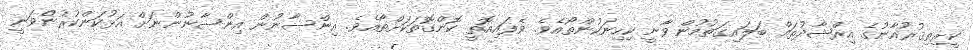
ކީރިތިޤުރުއާނުގެ އިރްޝާދުތައް ބަލައިގަތުމުން ވާނީ ކިހިނަކުންތޯއެވެ. ވެފައިއޮތީ ކޮންގޮތަކަށްތޯއެވެ. އިންސާނުން އިންސާނުންނަށް އަޅުކަންކުރުންވަނީ